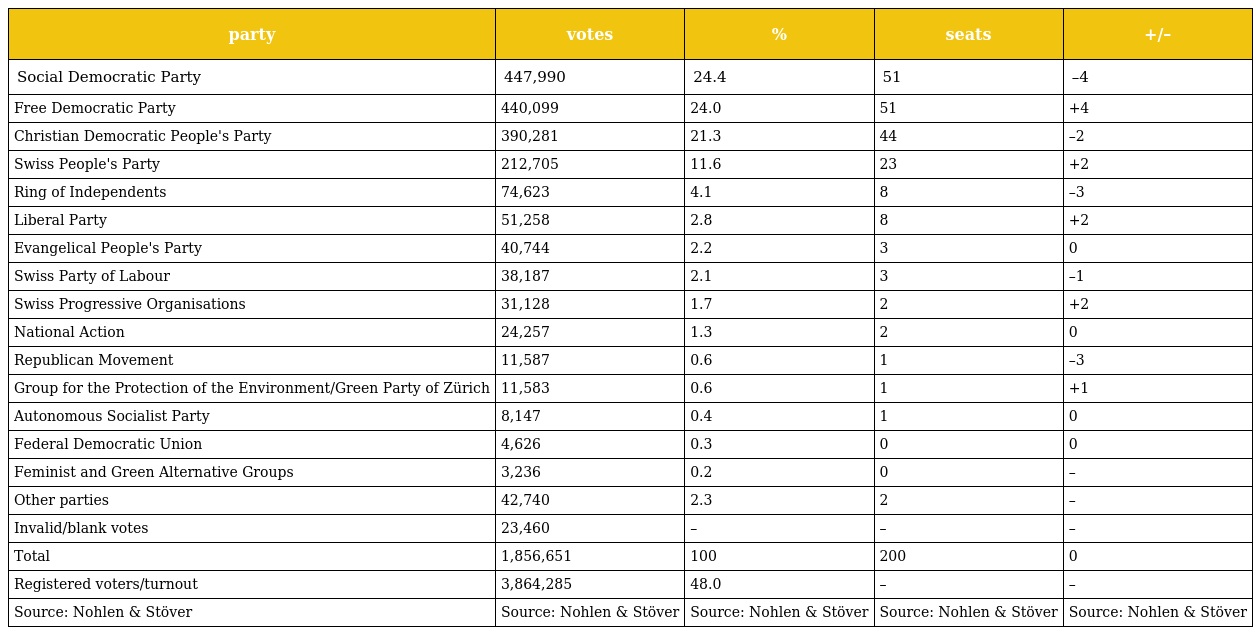
| party | votes | % | seats | +/– |
 | --- | --- | --- | --- | --- |
 | Social Democratic Party | 447,990 | 24.4 | 51 | –4 |
 | Free Democratic Party | 440,099 | 24.0 | 51 | +4 |
 | Christian Democratic People's Party | 390,281 | 21.3 | 44 | –2 |
 | Swiss People's Party | 212,705 | 11.6 | 23 | +2 |
 | Ring of Independents | 74,623 | 4.1 | 8 | –3 |
 | Liberal Party | 51,258 | 2.8 | 8 | +2 |
 | Evangelical People's Party | 40,744 | 2.2 | 3 | 0 |
 | Swiss Party of Labour | 38,187 | 2.1 | 3 | –1 |
 | Swiss Progressive Organisations | 31,128 | 1.7 | 2 | +2 |
 | National Action | 24,257 | 1.3 | 2 | 0 |
 | Republican Movement | 11,587 | 0.6 | 1 | –3 |
 | Group for the Protection of the Environment/Green Party of Zürich | 11,583 | 0.6 | 1 | +1 |
 | Autonomous Socialist Party | 8,147 | 0.4 | 1 | 0 |
 | Federal Democratic Union | 4,626 | 0.3 | 0 | 0 |
 | Feminist and Green Alternative Groups | 3,236 | 0.2 | 0 | – |
 | Other parties | 42,740 | 2.3 | 2 | – |
 | Invalid/blank votes | 23,460 | – | – | – |
 | Total | 1,856,651 | 100 | 200 | 0 |
 | Registered voters/turnout | 3,864,285 | 48.0 | – | – |
 | Source: Nohlen & Stöver | Source: Nohlen & Stöver | Source: Nohlen & Stöver | Source: Nohlen & Stöver | Source: Nohlen & Stöver |